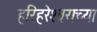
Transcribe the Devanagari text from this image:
हरिहरेश्‍वराच्या